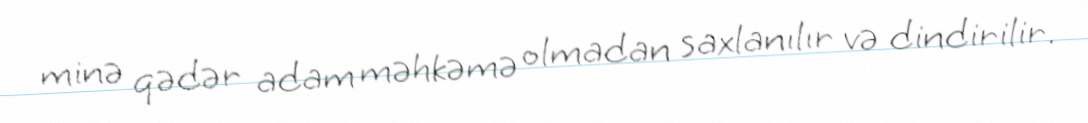
minə qədər adam məhkəmə olmadan saxlanılır və dindirilir.